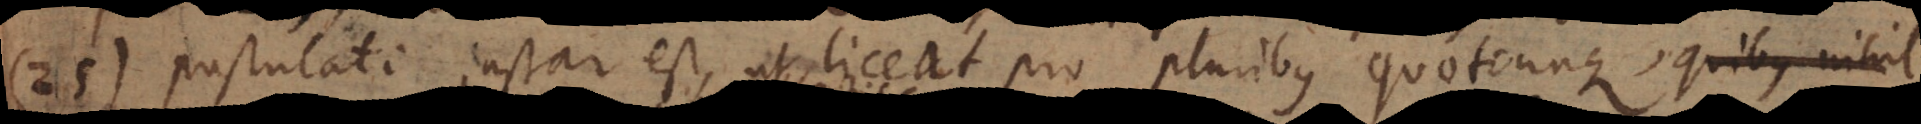
25) Postulati instar est, ut liceat pro pluribus quotcunque, quibus nihil